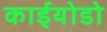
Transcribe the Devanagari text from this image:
काईयोडो